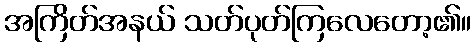
အကြိတ်အနယ် သတ်ပုတ်ကြလေတော့၏။